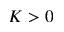
K > 0